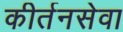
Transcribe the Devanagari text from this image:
कीर्तनसेवा